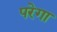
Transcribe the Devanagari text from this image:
परेगा